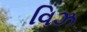
વિઝ